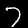
Label: 7